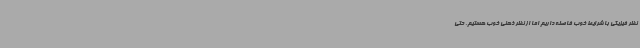
نظر فیزیکی با شرایط خوب فاصله داریم اما از نظر ذهنی خوب هستیم. حتی